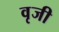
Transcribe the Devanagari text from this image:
वृजी